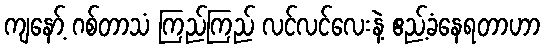
ကျနော့် ဂစ်တာသံ ကြည်ကြည် လင်လင်လေးနဲ့ ဧည့်ခံနေရတာဟာ